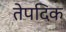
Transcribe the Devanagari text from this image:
तेपदिक